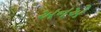
અનએ